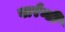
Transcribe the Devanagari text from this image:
वार्रन्टी